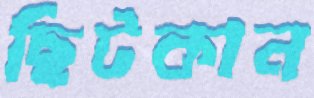
ছিটকান